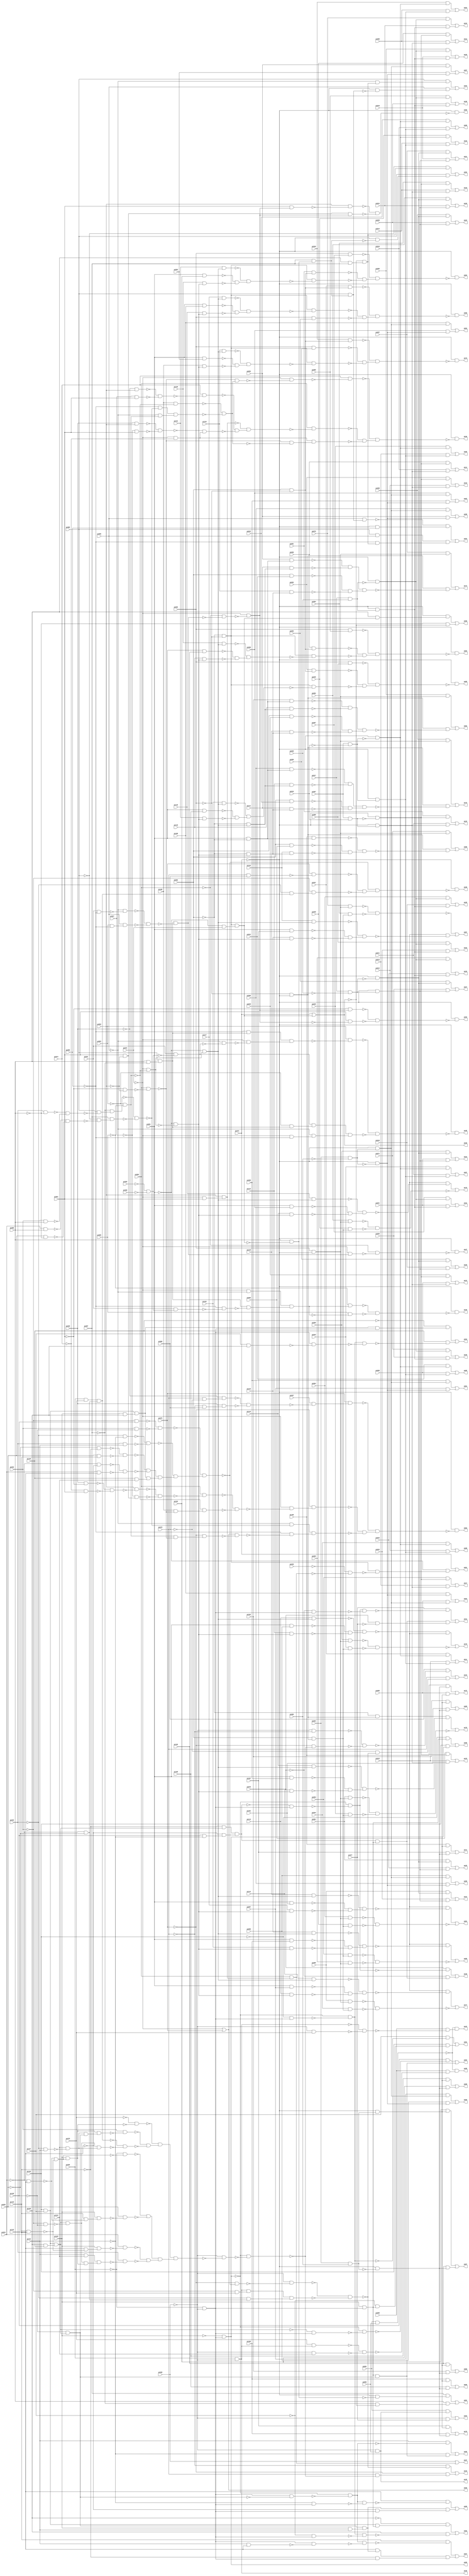
// Benchmark "apex6" written by ABC on Sun Apr 22 21:42:57 2018

module apex6 ( 
    pi000, pi001, pi002, pi003, pi004, pi005, pi006, pi007, pi008, pi009,
    pi010, pi011, pi012, pi013, pi014, pi015, pi016, pi017, pi018, pi019,
    pi020, pi021, pi022, pi023, pi024, pi025, pi026, pi027, pi028, pi029,
    pi030, pi031, pi032, pi033, pi034, pi035, pi036, pi037, pi038, pi039,
    pi040, pi041, pi042, pi043, pi044, pi045, pi046, pi047, pi048, pi049,
    pi050, pi051, pi052, pi053, pi054, pi055, pi056, pi057, pi058, pi059,
    pi060, pi061, pi062, pi063, pi064, pi065, pi066, pi067, pi068, pi069,
    pi070, pi071, pi072, pi073, pi074, pi075, pi076, pi077, pi078, pi079,
    pi080, pi081, pi082, pi083, pi084, pi085, pi086, pi087, pi088, pi089,
    pi090, pi091, pi092, pi093, pi094, pi095, pi096, pi097, pi098, pi099,
    pi100, pi101, pi102, pi103, pi104, pi105, pi106, pi107, pi108, pi109,
    pi110, pi111, pi112, pi113, pi114, pi115, pi116, pi117, pi118, pi119,
    pi120, pi121, pi122, pi123, pi124, pi125, pi126, pi127, pi128, pi129,
    pi130, pi131, pi132, pi133, pi134,
    po00, po01, po02, po03, po04, po05, po06, po07, po08, po09, po10, po11,
    po12, po13, po14, po15, po16, po17, po18, po19, po20, po21, po22, po23,
    po24, po25, po26, po27, po28, po29, po30, po31, po32, po33, po34, po35,
    po36, po37, po38, po39, po40, po41, po42, po43, po44, po45, po46, po47,
    po48, po49, po50, po51, po52, po53, po54, po55, po56, po57, po58, po59,
    po60, po61, po62, po63, po64, po65, po66, po67, po68, po69, po70, po71,
    po72, po73, po74, po75, po76, po77, po78, po79, po80, po81, po82, po83,
    po84, po85, po86, po87, po88, po89, po90, po91, po92, po93, po94, po95,
    po96, po97, po98  );
  input  pi000, pi001, pi002, pi003, pi004, pi005, pi006, pi007, pi008,
    pi009, pi010, pi011, pi012, pi013, pi014, pi015, pi016, pi017, pi018,
    pi019, pi020, pi021, pi022, pi023, pi024, pi025, pi026, pi027, pi028,
    pi029, pi030, pi031, pi032, pi033, pi034, pi035, pi036, pi037, pi038,
    pi039, pi040, pi041, pi042, pi043, pi044, pi045, pi046, pi047, pi048,
    pi049, pi050, pi051, pi052, pi053, pi054, pi055, pi056, pi057, pi058,
    pi059, pi060, pi061, pi062, pi063, pi064, pi065, pi066, pi067, pi068,
    pi069, pi070, pi071, pi072, pi073, pi074, pi075, pi076, pi077, pi078,
    pi079, pi080, pi081, pi082, pi083, pi084, pi085, pi086, pi087, pi088,
    pi089, pi090, pi091, pi092, pi093, pi094, pi095, pi096, pi097, pi098,
    pi099, pi100, pi101, pi102, pi103, pi104, pi105, pi106, pi107, pi108,
    pi109, pi110, pi111, pi112, pi113, pi114, pi115, pi116, pi117, pi118,
    pi119, pi120, pi121, pi122, pi123, pi124, pi125, pi126, pi127, pi128,
    pi129, pi130, pi131, pi132, pi133, pi134;
  output po00, po01, po02, po03, po04, po05, po06, po07, po08, po09, po10,
    po11, po12, po13, po14, po15, po16, po17, po18, po19, po20, po21, po22,
    po23, po24, po25, po26, po27, po28, po29, po30, po31, po32, po33, po34,
    po35, po36, po37, po38, po39, po40, po41, po42, po43, po44, po45, po46,
    po47, po48, po49, po50, po51, po52, po53, po54, po55, po56, po57, po58,
    po59, po60, po61, po62, po63, po64, po65, po66, po67, po68, po69, po70,
    po71, po72, po73, po74, po75, po76, po77, po78, po79, po80, po81, po82,
    po83, po84, po85, po86, po87, po88, po89, po90, po91, po92, po93, po94,
    po95, po96, po97, po98;
  wire n236, n237, n238, n239, n240, n241, n242, n244, n245, n246, n247,
    n248, n249, n250, n251, n252, n253, n254, n255, n256, n257, n258, n259,
    n260, n261, n262, n263, n264, n265, n266, n267, n268, n269, n270, n271,
    n272, n273, n274, n275, n276, n277, n278, n279, n280, n281, n282, n283,
    n284, n285, n288, n289, n291, n292, n293, n294, n295, n297, n298, n300,
    n301, n303, n304, n306, n307, n309, n310, n312, n313, n315, n316, n318,
    n319, n320, n321, n322, n324, n325, n327, n328, n330, n331, n333, n334,
    n336, n337, n339, n340, n342, n343, n345, n346, n347, n348, n349, n351,
    n352, n354, n355, n357, n358, n360, n361, n363, n364, n366, n367, n369,
    n370, n372, n373, n374, n375, n376, n378, n379, n381, n382, n384, n385,
    n387, n388, n390, n391, n393, n394, n396, n397, n399, n400, n403, n404,
    n405, n406, n407, n408, n409, n410, n411, n412, n413, n414, n415, n416,
    n417, n418, n419, n420, n421, n422, n423, n424, n425, n426, n428, n429,
    n430, n431, n432, n433, n434, n435, n436, n437, n438, n439, n440, n441,
    n442, n443, n444, n445, n446, n447, n448, n449, n450, n451, n452, n453,
    n454, n455, n456, n457, n459, n460, n461, n462, n463, n464, n465, n467,
    n468, n469, n470, n471, n472, n474, n475, n476, n477, n478, n481, n482,
    n483, n484, n486, n487, n488, n489, n490, n491, n492, n493, n494, n495,
    n496, n497, n498, n499, n500, n501, n502, n503, n504, n505, n506, n507,
    n508, n509, n510, n511, n512, n513, n514, n515, n516, n517, n518, n519,
    n520, n521, n522, n523, n524, n525, n526, n527, n528, n529, n531, n532,
    n533, n534, n535, n536, n538, n539, n540, n541, n542, n543, n544, n545,
    n546, n547, n549, n550, n551, n552, n553, n554, n555, n556, n557, n558,
    n559, n560, n561, n563, n564, n565, n566, n567, n568, n569, n570, n572,
    n573, n574, n576, n577, n578, n579, n580, n582, n583, n584, n585, n586,
    n587, n589, n590, n591, n592, n593, n595, n596, n597, n598, n599, n600,
    n602, n603, n604, n605, n606, n608, n609, n610, n611, n613, n614, n615,
    n616, n617, n619, n620, n622, n623, n625, n626, n628, n629, n631, n632,
    n634, n635, n637, n638, n640, n641, n642, n643, n644, n646, n647, n649,
    n650, n652, n653, n655, n656, n658, n659, n661, n662, n664, n665, n667,
    n668, n669, n670, n671, n672, n673, n674, n675, n676, n677, n678, n679,
    n680, n682, n683, n684, n685, n686, n687, n688, n689, n690, n691, n692,
    n693, n694, n695, n697, n698, n699, n700, n701, n702, n703, n704, n705,
    n707, n708, n709, n710, n711, n712, n713, n714, n715, n716, n717, n719,
    n720, n721, n722, n723, n724, n725, n726, n727, n729, n730, n731, n732,
    n733, n734, n735, n736, n737, n739, n740, n741, n742, n743, n744, n745,
    n746, n747, n749, n750, n751, n752, n753, n754, n755, n756, n757, n758,
    n760, n761, n762, n763, n764, n765, n766, n767, n768, n770, n771, n772,
    n773, n774, n775, n776, n777, n778, n780, n781, n782, n783, n784, n785,
    n786, n787, n788, n789, n791, n792, n793, n794, n795, n796, n797, n798,
    n799, n800, n802, n803, n804, n805, n806, n807, n808, n809, n810, n811,
    n813, n814, n815, n816, n817, n818, n819, n820, n821, n823, n824, n825,
    n826, n827, n828, n829, n830, n831, n833, n834, n835, n836, n837, n838,
    n839, n841, n842, n844, n845, n846, n847, n848, n850, n851, n852, n853,
    n854, n856, n857, n858, n859, n860, n861, n863, n864, n865, n866, n868,
    n869, n870, n871, n873, n874, n875, n876, n877, n878, n879, n881, n882,
    n883, n884, n885, n886, n887, n889, n890, n891, n892;
  assign po00 = ~pi072 | pi075;
  assign n236 = ~pi002 & ~pi003;
  assign n237 = ~pi072 & pi091;
  assign n238 = pi092 & n237;
  assign n239 = pi083 & n238;
  assign n240 = ~pi039 & ~n239;
  assign n241 = n236 & ~n240;
  assign n242 = ~pi001 & n241;
  assign po01 = pi073 | n242;
  assign n244 = pi034 & pi086;
  assign n245 = pi035 & ~pi086;
  assign n246 = ~n244 & ~n245;
  assign n247 = pi033 & ~pi086;
  assign n248 = pi032 & pi086;
  assign n249 = ~n247 & ~n248;
  assign n250 = pi088 & ~n249;
  assign n251 = ~pi087 & n250;
  assign n252 = ~pi088 & ~n246;
  assign n253 = pi087 & n252;
  assign n254 = ~n251 & ~n253;
  assign n255 = pi028 & ~pi091;
  assign n256 = ~pi074 & pi091;
  assign n257 = ~n255 & ~n256;
  assign n258 = pi092 & ~n257;
  assign n259 = pi091 & ~pi092;
  assign n260 = ~pi027 & n259;
  assign n261 = ~n258 & ~n260;
  assign n262 = ~pi084 & ~pi085;
  assign n263 = ~pi091 & ~pi092;
  assign n264 = pi083 & ~n263;
  assign n265 = pi083 & ~n261;
  assign n266 = pi109 & ~n264;
  assign n267 = ~n262 & n266;
  assign n268 = ~n265 & ~n267;
  assign n269 = n262 & ~n264;
  assign n270 = ~pi075 & n269;
  assign n271 = po00 & ~n270;
  assign n272 = pi079 & ~pi080;
  assign n273 = ~pi028 & n272;
  assign n274 = ~pi079 & pi080;
  assign n275 = pi028 & n274;
  assign n276 = ~n273 & ~n275;
  assign n277 = pi037 & ~n276;
  assign n278 = pi075 & n277;
  assign n279 = ~pi072 & ~n268;
  assign n280 = ~pi075 & n279;
  assign n281 = ~pi089 & ~n254;
  assign n282 = ~pi090 & ~n271;
  assign n283 = n281 & n282;
  assign n284 = ~n280 & ~n283;
  assign n285 = ~n278 & n284;
  assign po02 = ~pi073 & ~n285;
  assign po45 = ~pi038 & pi082;
  assign n288 = pi081 & po45;
  assign n289 = ~pi038 & pi077;
  assign po03 = n288 | n289;
  assign n291 = pi007 & ~pi016;
  assign n292 = ~pi073 & ~n291;
  assign n293 = ~pi073 & n291;
  assign n294 = pi040 & n292;
  assign n295 = pi008 & n293;
  assign po04 = n294 | n295;
  assign n297 = pi041 & n292;
  assign n298 = pi009 & n293;
  assign po05 = n297 | n298;
  assign n300 = pi042 & n292;
  assign n301 = pi010 & n293;
  assign po06 = n300 | n301;
  assign n303 = pi043 & n292;
  assign n304 = pi011 & n293;
  assign po07 = n303 | n304;
  assign n306 = pi044 & n292;
  assign n307 = pi012 & n293;
  assign po08 = n306 | n307;
  assign n309 = pi045 & n292;
  assign n310 = pi013 & n293;
  assign po09 = n309 | n310;
  assign n312 = pi046 & n292;
  assign n313 = pi014 & n293;
  assign po10 = n312 | n313;
  assign n315 = pi047 & n292;
  assign n316 = pi015 & n293;
  assign po11 = n315 | n316;
  assign n318 = pi007 & pi016;
  assign n319 = ~pi073 & ~n318;
  assign n320 = ~pi073 & n318;
  assign n321 = pi048 & n319;
  assign n322 = pi008 & n320;
  assign po12 = n321 | n322;
  assign n324 = pi049 & n319;
  assign n325 = pi009 & n320;
  assign po13 = n324 | n325;
  assign n327 = pi050 & n319;
  assign n328 = pi010 & n320;
  assign po14 = n327 | n328;
  assign n330 = pi051 & n319;
  assign n331 = pi011 & n320;
  assign po15 = n330 | n331;
  assign n333 = pi052 & n319;
  assign n334 = pi012 & n320;
  assign po16 = n333 | n334;
  assign n336 = pi053 & n319;
  assign n337 = pi013 & n320;
  assign po17 = n336 | n337;
  assign n339 = pi054 & n319;
  assign n340 = pi014 & n320;
  assign po18 = n339 | n340;
  assign n342 = pi055 & n319;
  assign n343 = pi015 & n320;
  assign po19 = n342 | n343;
  assign n345 = pi017 & ~pi026;
  assign n346 = ~pi073 & ~n345;
  assign n347 = ~pi073 & n345;
  assign n348 = pi056 & n346;
  assign n349 = pi018 & n347;
  assign po20 = n348 | n349;
  assign n351 = pi057 & n346;
  assign n352 = pi019 & n347;
  assign po21 = n351 | n352;
  assign n354 = pi058 & n346;
  assign n355 = pi020 & n347;
  assign po22 = n354 | n355;
  assign n357 = pi059 & n346;
  assign n358 = pi021 & n347;
  assign po23 = n357 | n358;
  assign n360 = pi060 & n346;
  assign n361 = pi022 & n347;
  assign po24 = n360 | n361;
  assign n363 = pi061 & n346;
  assign n364 = pi023 & n347;
  assign po25 = n363 | n364;
  assign n366 = pi062 & n346;
  assign n367 = pi024 & n347;
  assign po26 = n366 | n367;
  assign n369 = pi063 & n346;
  assign n370 = pi025 & n347;
  assign po27 = n369 | n370;
  assign n372 = pi017 & pi026;
  assign n373 = ~pi073 & ~n372;
  assign n374 = ~pi073 & n372;
  assign n375 = pi064 & n373;
  assign n376 = pi018 & n374;
  assign po28 = n375 | n376;
  assign n378 = pi065 & n373;
  assign n379 = pi019 & n374;
  assign po29 = n378 | n379;
  assign n381 = pi066 & n373;
  assign n382 = pi020 & n374;
  assign po30 = n381 | n382;
  assign n384 = pi067 & n373;
  assign n385 = pi021 & n374;
  assign po31 = n384 | n385;
  assign n387 = pi068 & n373;
  assign n388 = pi022 & n374;
  assign po32 = n387 | n388;
  assign n390 = pi069 & n373;
  assign n391 = pi023 & n374;
  assign po33 = n390 | n391;
  assign n393 = pi070 & n373;
  assign n394 = pi024 & n374;
  assign po34 = n393 | n394;
  assign n396 = pi071 & n373;
  assign n397 = pi025 & n374;
  assign po35 = n396 | n397;
  assign n399 = ~pi001 & pi072;
  assign n400 = n236 & n399;
  assign po36 = pi073 | n400;
  assign po37 = pi038 | n239;
  assign n403 = pi109 & ~n262;
  assign n404 = ~pi090 & ~n254;
  assign n405 = ~pi089 & n262;
  assign n406 = n404 & n405;
  assign n407 = ~n403 & ~n406;
  assign n408 = pi028 & pi092;
  assign n409 = ~pi027 & pi091;
  assign n410 = ~n408 & ~n409;
  assign n411 = ~pi028 & pi092;
  assign n412 = pi027 & pi091;
  assign n413 = ~n411 & ~n412;
  assign n414 = pi074 & ~n413;
  assign n415 = ~pi072 & ~pi074;
  assign n416 = ~n410 & n415;
  assign n417 = ~n414 & ~n416;
  assign n418 = ~n238 & n417;
  assign n419 = ~n264 & n407;
  assign n420 = ~pi072 & ~n419;
  assign n421 = pi074 & ~n420;
  assign n422 = pi083 & ~n418;
  assign n423 = ~n264 & ~n407;
  assign n424 = n415 & n423;
  assign n425 = ~n422 & ~n424;
  assign n426 = ~n421 & n425;
  assign po38 = ~pi073 & ~n426;
  assign n428 = pi079 & pi080;
  assign n429 = pi036 & pi078;
  assign n430 = ~pi034 & ~pi035;
  assign n431 = n429 & n430;
  assign n432 = pi126 & pi127;
  assign n433 = pi125 & pi128;
  assign n434 = n432 & n433;
  assign n435 = ~pi035 & ~pi133;
  assign n436 = pi035 & pi133;
  assign n437 = ~n435 & ~n436;
  assign n438 = ~pi034 & ~pi132;
  assign n439 = pi034 & pi132;
  assign n440 = ~n438 & ~n439;
  assign n441 = ~n437 & ~n440;
  assign n442 = ~pi033 & ~pi131;
  assign n443 = pi033 & pi131;
  assign n444 = ~n442 & ~n443;
  assign n445 = ~pi032 & pi130;
  assign n446 = pi032 & ~pi130;
  assign n447 = ~n445 & ~n446;
  assign n448 = pi129 & pi134;
  assign n449 = n434 & n448;
  assign n450 = n441 & n449;
  assign n451 = ~n444 & n450;
  assign n452 = ~n447 & n451;
  assign n453 = pi075 & ~n428;
  assign n454 = ~pi033 & n431;
  assign n455 = ~pi032 & n454;
  assign n456 = ~n453 & ~n455;
  assign n457 = ~n452 & n456;
  assign po39 = ~pi073 & ~n457;
  assign n459 = pi128 & pi129;
  assign n460 = n432 & n459;
  assign n461 = ~pi133 & n460;
  assign n462 = pi130 & ~pi131;
  assign n463 = ~pi132 & n462;
  assign n464 = n461 & n463;
  assign n465 = ~pi036 & ~pi038;
  assign po89 = ~pi125 & n465;
  assign n467 = ~n464 & n465;
  assign n468 = ~po89 & ~n467;
  assign n469 = pi125 & n465;
  assign n470 = pi076 & ~n468;
  assign n471 = n464 & n469;
  assign n472 = ~pi076 & n471;
  assign po40 = n470 | n472;
  assign n474 = ~pi076 & n465;
  assign n475 = n468 & ~n474;
  assign n476 = pi077 & ~n475;
  assign n477 = pi076 & ~pi077;
  assign n478 = n471 & n477;
  assign po41 = n476 | n478;
  assign po46 = pi036 & ~pi038;
  assign n481 = ~pi038 & pi078;
  assign n482 = ~po46 & ~n481;
  assign n483 = pi081 & pi082;
  assign n484 = pi000 & ~n482;
  assign po42 = ~n483 & n484;
  assign n486 = ~pi075 & ~n452;
  assign n487 = ~pi038 & ~n486;
  assign n488 = ~pi032 & pi078;
  assign n489 = po46 & n488;
  assign n490 = ~pi033 & n430;
  assign n491 = n489 & n490;
  assign n492 = ~n487 & ~n491;
  assign n493 = ~pi034 & pi132;
  assign n494 = pi133 & ~n493;
  assign n495 = pi125 & n494;
  assign n496 = ~pi035 & pi133;
  assign n497 = pi132 & ~n496;
  assign n498 = pi125 & n497;
  assign n499 = ~pi032 & ~pi130;
  assign n500 = n460 & ~n499;
  assign n501 = ~n493 & ~n496;
  assign n502 = pi125 & n501;
  assign n503 = pi131 & pi134;
  assign n504 = n500 & n502;
  assign n505 = n503 & n504;
  assign n506 = ~pi033 & pi131;
  assign n507 = pi134 & ~n506;
  assign n508 = n500 & n507;
  assign n509 = ~pi130 & n460;
  assign n510 = n507 & n509;
  assign n511 = n502 & n510;
  assign n512 = ~pi078 & ~n502;
  assign n513 = pi032 & ~n511;
  assign n514 = ~n431 & ~n508;
  assign n515 = ~n513 & ~n514;
  assign n516 = ~n512 & n515;
  assign n517 = ~pi036 & ~n501;
  assign n518 = pi035 & ~n495;
  assign n519 = ~n517 & ~n518;
  assign n520 = pi034 & ~n498;
  assign n521 = pi033 & ~n505;
  assign n522 = ~n520 & ~n521;
  assign n523 = n519 & n522;
  assign n524 = n516 & n523;
  assign n525 = ~pi038 & ~n524;
  assign n526 = ~po89 & ~n525;
  assign n527 = ~pi079 & ~n492;
  assign n528 = pi079 & ~n526;
  assign n529 = ~pi075 & n528;
  assign po43 = n527 | n529;
  assign n531 = ~pi038 & ~pi079;
  assign n532 = ~pi075 & ~n526;
  assign n533 = ~n531 & ~n532;
  assign n534 = pi080 & ~n533;
  assign n535 = ~pi080 & ~n492;
  assign n536 = pi079 & n535;
  assign po44 = n534 | n536;
  assign n538 = pi086 & ~pi087;
  assign n539 = pi088 & n538;
  assign n540 = pi031 & ~pi090;
  assign n541 = pi084 & ~pi090;
  assign n542 = ~pi089 & ~n540;
  assign n543 = pi089 & n541;
  assign n544 = ~n542 & ~n543;
  assign n545 = n539 & ~n544;
  assign n546 = ~pi072 & n545;
  assign n547 = ~pi083 & ~n546;
  assign po47 = ~pi073 & ~n547;
  assign n549 = ~pi029 & ~pi030;
  assign n550 = pi031 & ~n549;
  assign n551 = ~pi090 & n539;
  assign n552 = ~pi089 & ~n550;
  assign n553 = ~pi072 & ~n552;
  assign n554 = n551 & n553;
  assign n555 = pi084 & ~n554;
  assign n556 = ~pi084 & n539;
  assign n557 = n550 & n556;
  assign n558 = ~pi072 & ~pi090;
  assign n559 = ~pi089 & n558;
  assign n560 = n557 & n559;
  assign n561 = ~n555 & ~n560;
  assign po48 = ~pi073 & ~n561;
  assign n563 = pi031 & n549;
  assign n564 = ~pi072 & ~pi089;
  assign n565 = ~pi090 & ~n563;
  assign n566 = n539 & ~n565;
  assign n567 = n564 & n566;
  assign n568 = ~pi085 & n567;
  assign n569 = pi085 & ~n567;
  assign n570 = ~n568 & ~n569;
  assign po49 = ~pi073 & ~n570;
  assign n572 = pi086 & n400;
  assign n573 = ~pi073 & n572;
  assign n574 = ~pi086 & ~po36;
  assign po50 = n573 | n574;
  assign n576 = pi086 & ~n400;
  assign n577 = ~pi073 & ~n576;
  assign n578 = pi087 & n577;
  assign n579 = ~pi087 & ~po36;
  assign n580 = pi086 & n579;
  assign po51 = n578 | n580;
  assign n582 = pi087 & n576;
  assign n583 = pi086 & pi087;
  assign n584 = ~po36 & n583;
  assign n585 = ~pi088 & n584;
  assign n586 = ~pi073 & ~n582;
  assign n587 = pi088 & n586;
  assign po52 = n585 | n587;
  assign n589 = pi088 & n582;
  assign n590 = ~pi089 & n584;
  assign n591 = pi088 & n590;
  assign n592 = ~pi073 & ~n589;
  assign n593 = pi089 & n592;
  assign po53 = n591 | n593;
  assign n595 = pi089 & n589;
  assign n596 = ~pi073 & pi090;
  assign n597 = ~n595 & n596;
  assign n598 = pi088 & pi089;
  assign n599 = ~pi090 & n584;
  assign n600 = n598 & n599;
  assign po54 = n597 | n600;
  assign n602 = ~pi083 & ~n545;
  assign n603 = ~pi072 & ~n602;
  assign n604 = ~pi091 & n603;
  assign n605 = pi091 & ~n603;
  assign n606 = ~n604 & ~n605;
  assign po55 = ~pi073 & ~n606;
  assign n608 = pi091 & n603;
  assign n609 = pi092 & ~n608;
  assign n610 = n259 & n603;
  assign n611 = ~n609 & ~n610;
  assign po56 = ~pi073 & ~n611;
  assign n613 = pi004 & ~pi006;
  assign n614 = ~pi073 & ~n613;
  assign n615 = ~pi073 & n613;
  assign n616 = pi094 & n615;
  assign n617 = pi093 & n614;
  assign po57 = n616 | n617;
  assign n619 = pi095 & n615;
  assign n620 = pi094 & n614;
  assign po58 = n619 | n620;
  assign n622 = pi096 & n615;
  assign n623 = pi095 & n614;
  assign po59 = n622 | n623;
  assign n625 = pi097 & n615;
  assign n626 = pi096 & n614;
  assign po60 = n625 | n626;
  assign n628 = pi098 & n615;
  assign n629 = pi097 & n614;
  assign po61 = n628 | n629;
  assign n631 = pi099 & n615;
  assign n632 = pi098 & n614;
  assign po62 = n631 | n632;
  assign n634 = pi100 & n615;
  assign n635 = pi099 & n614;
  assign po63 = n634 | n635;
  assign n637 = pi100 & n614;
  assign n638 = pi005 & n615;
  assign po64 = n637 | n638;
  assign n640 = pi004 & pi006;
  assign n641 = ~pi073 & ~n640;
  assign n642 = ~pi073 & n640;
  assign n643 = pi102 & n642;
  assign n644 = pi101 & n641;
  assign po65 = n643 | n644;
  assign n646 = pi103 & n642;
  assign n647 = pi102 & n641;
  assign po66 = n646 | n647;
  assign n649 = pi104 & n642;
  assign n650 = pi103 & n641;
  assign po67 = n649 | n650;
  assign n652 = pi105 & n642;
  assign n653 = pi104 & n641;
  assign po68 = n652 | n653;
  assign n655 = pi106 & n642;
  assign n656 = pi105 & n641;
  assign po69 = n655 | n656;
  assign n658 = pi107 & n642;
  assign n659 = pi106 & n641;
  assign po70 = n658 | n659;
  assign n661 = pi108 & n642;
  assign n662 = pi107 & n641;
  assign po71 = n661 | n662;
  assign n664 = pi108 & n641;
  assign n665 = pi005 & n642;
  assign po72 = n664 | n665;
  assign n667 = pi002 & ~pi003;
  assign n668 = ~pi072 & ~n262;
  assign n669 = ~pi001 & ~n668;
  assign n670 = ~pi001 & n668;
  assign n671 = pi110 & n670;
  assign n672 = pi001 & pi093;
  assign n673 = pi109 & n669;
  assign n674 = ~n672 & ~n673;
  assign n675 = ~n671 & n674;
  assign n676 = pi040 & n667;
  assign n677 = pi003 & pi056;
  assign n678 = n236 & ~n675;
  assign n679 = ~n677 & ~n678;
  assign n680 = ~n676 & n679;
  assign po73 = ~pi073 & ~n680;
  assign n682 = ~pi003 & ~pi073;
  assign n683 = pi003 & ~pi073;
  assign n684 = ~pi002 & n669;
  assign n685 = ~pi002 & n670;
  assign n686 = pi001 & ~pi002;
  assign n687 = pi094 & n686;
  assign n688 = pi111 & n685;
  assign n689 = ~n687 & ~n688;
  assign n690 = pi002 & pi041;
  assign n691 = pi110 & n684;
  assign n692 = ~n690 & ~n691;
  assign n693 = n689 & n692;
  assign n694 = pi057 & n683;
  assign n695 = n682 & ~n693;
  assign po74 = n694 | n695;
  assign n697 = pi095 & n686;
  assign n698 = pi112 & n685;
  assign n699 = ~n697 & ~n698;
  assign n700 = pi002 & pi042;
  assign n701 = pi111 & n684;
  assign n702 = ~n700 & ~n701;
  assign n703 = n699 & n702;
  assign n704 = pi058 & n683;
  assign n705 = n682 & ~n703;
  assign po75 = n704 | n705;
  assign n707 = pi002 & n682;
  assign n708 = pi113 & n670;
  assign n709 = pi001 & pi096;
  assign n710 = pi112 & n669;
  assign n711 = ~n709 & ~n710;
  assign n712 = ~n708 & n711;
  assign n713 = ~pi002 & n682;
  assign n714 = ~n712 & n713;
  assign n715 = pi059 & n683;
  assign n716 = pi043 & n707;
  assign n717 = ~n715 & ~n716;
  assign po76 = n714 | ~n717;
  assign n719 = pi114 & n670;
  assign n720 = pi001 & pi097;
  assign n721 = pi113 & n669;
  assign n722 = ~n720 & ~n721;
  assign n723 = ~n719 & n722;
  assign n724 = n713 & ~n723;
  assign n725 = pi060 & n683;
  assign n726 = pi044 & n707;
  assign n727 = ~n725 & ~n726;
  assign po77 = n724 | ~n727;
  assign n729 = pi115 & n670;
  assign n730 = pi001 & pi098;
  assign n731 = pi114 & n669;
  assign n732 = ~n730 & ~n731;
  assign n733 = ~n729 & n732;
  assign n734 = n713 & ~n733;
  assign n735 = pi061 & n683;
  assign n736 = pi045 & n707;
  assign n737 = ~n735 & ~n736;
  assign po78 = n734 | ~n737;
  assign n739 = pi116 & n670;
  assign n740 = pi001 & pi099;
  assign n741 = pi115 & n669;
  assign n742 = ~n740 & ~n741;
  assign n743 = ~n739 & n742;
  assign n744 = n713 & ~n743;
  assign n745 = pi062 & n683;
  assign n746 = pi046 & n707;
  assign n747 = ~n745 & ~n746;
  assign po79 = n744 | ~n747;
  assign n749 = pi117 & n670;
  assign n750 = pi001 & pi100;
  assign n751 = pi116 & n669;
  assign n752 = ~n750 & ~n751;
  assign n753 = ~n749 & n752;
  assign n754 = pi047 & n667;
  assign n755 = n236 & ~n753;
  assign n756 = pi003 & pi063;
  assign n757 = ~n755 & ~n756;
  assign n758 = ~n754 & n757;
  assign po80 = ~pi073 & ~n758;
  assign n760 = pi118 & n670;
  assign n761 = pi001 & pi101;
  assign n762 = pi117 & n669;
  assign n763 = ~n761 & ~n762;
  assign n764 = ~n760 & n763;
  assign n765 = n713 & ~n764;
  assign n766 = pi064 & n683;
  assign n767 = pi048 & n707;
  assign n768 = ~n766 & ~n767;
  assign po81 = n765 | ~n768;
  assign n770 = pi102 & n686;
  assign n771 = pi119 & n685;
  assign n772 = ~n770 & ~n771;
  assign n773 = pi002 & pi049;
  assign n774 = pi118 & n684;
  assign n775 = ~n773 & ~n774;
  assign n776 = n772 & n775;
  assign n777 = pi065 & n683;
  assign n778 = n682 & ~n776;
  assign po82 = n777 | n778;
  assign n780 = pi120 & n670;
  assign n781 = pi001 & pi103;
  assign n782 = pi119 & n669;
  assign n783 = ~n781 & ~n782;
  assign n784 = ~n780 & n783;
  assign n785 = pi003 & pi066;
  assign n786 = pi050 & n667;
  assign n787 = n236 & ~n784;
  assign n788 = ~n786 & ~n787;
  assign n789 = ~n785 & n788;
  assign po83 = ~pi073 & ~n789;
  assign n791 = pi121 & n670;
  assign n792 = pi001 & pi104;
  assign n793 = pi120 & n669;
  assign n794 = ~n792 & ~n793;
  assign n795 = ~n791 & n794;
  assign n796 = pi003 & pi067;
  assign n797 = pi051 & n667;
  assign n798 = n236 & ~n795;
  assign n799 = ~n797 & ~n798;
  assign n800 = ~n796 & n799;
  assign po84 = ~pi073 & ~n800;
  assign n802 = pi122 & n670;
  assign n803 = pi001 & pi105;
  assign n804 = pi121 & n669;
  assign n805 = ~n803 & ~n804;
  assign n806 = ~n802 & n805;
  assign n807 = pi003 & pi068;
  assign n808 = pi052 & n667;
  assign n809 = n236 & ~n806;
  assign n810 = ~n808 & ~n809;
  assign n811 = ~n807 & n810;
  assign po85 = ~pi073 & ~n811;
  assign n813 = pi123 & n670;
  assign n814 = pi001 & pi106;
  assign n815 = pi122 & n669;
  assign n816 = ~n814 & ~n815;
  assign n817 = ~n813 & n816;
  assign n818 = n713 & ~n817;
  assign n819 = pi053 & n707;
  assign n820 = pi069 & n683;
  assign n821 = ~n819 & ~n820;
  assign po86 = n818 | ~n821;
  assign n823 = pi124 & n670;
  assign n824 = pi001 & pi107;
  assign n825 = pi123 & n669;
  assign n826 = ~n824 & ~n825;
  assign n827 = ~n823 & n826;
  assign n828 = pi070 & n683;
  assign n829 = pi054 & n707;
  assign n830 = ~n828 & ~n829;
  assign n831 = n713 & ~n827;
  assign po87 = ~n830 | n831;
  assign n833 = pi108 & n686;
  assign n834 = pi002 & pi055;
  assign n835 = pi124 & n684;
  assign n836 = ~n834 & ~n835;
  assign n837 = ~n833 & n836;
  assign n838 = pi071 & n683;
  assign n839 = n682 & ~n837;
  assign po88 = n838 | n839;
  assign n841 = ~pi126 & n469;
  assign n842 = pi126 & po89;
  assign po90 = n841 | n842;
  assign n844 = ~pi126 & n465;
  assign n845 = ~po89 & ~n844;
  assign n846 = pi127 & ~n845;
  assign n847 = ~pi127 & n469;
  assign n848 = pi126 & n847;
  assign po91 = n846 | n848;
  assign n850 = ~pi127 & n465;
  assign n851 = n845 & ~n850;
  assign n852 = n432 & n469;
  assign n853 = ~pi128 & n852;
  assign n854 = pi128 & ~n851;
  assign po92 = n853 | n854;
  assign n856 = pi127 & pi128;
  assign n857 = n465 & ~n856;
  assign n858 = n845 & ~n857;
  assign n859 = n434 & n465;
  assign n860 = ~pi129 & n859;
  assign n861 = pi129 & ~n858;
  assign po93 = n860 | n861;
  assign n863 = ~n460 & n465;
  assign n864 = ~po89 & ~n863;
  assign n865 = pi130 & ~n864;
  assign n866 = n469 & n509;
  assign po94 = n865 | n866;
  assign n868 = n465 & ~n509;
  assign n869 = ~po89 & ~n868;
  assign n870 = pi131 & ~n869;
  assign n871 = ~pi131 & n866;
  assign po95 = n870 | n871;
  assign n873 = pi125 & pi131;
  assign n874 = n509 & n873;
  assign n875 = ~pi131 & n465;
  assign n876 = n869 & ~n875;
  assign n877 = pi132 & ~n876;
  assign n878 = ~pi132 & n465;
  assign n879 = n874 & n878;
  assign po96 = n877 | n879;
  assign n881 = pi131 & pi132;
  assign n882 = n465 & ~n881;
  assign n883 = n869 & ~n882;
  assign n884 = pi133 & ~n883;
  assign n885 = pi132 & n874;
  assign n886 = ~pi133 & n465;
  assign n887 = n885 & n886;
  assign po97 = n884 | n887;
  assign n889 = pi078 & po46;
  assign n890 = ~pi038 & pi134;
  assign n891 = ~n889 & ~n890;
  assign n892 = pi000 & ~n891;
  assign po98 = ~n483 & n892;
endmodule